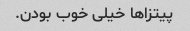
پیتزاها خیلی خوب بودن.